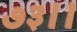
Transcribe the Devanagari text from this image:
७३।।